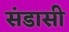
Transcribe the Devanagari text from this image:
संडासी